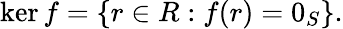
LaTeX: \ker f=\{ r\in R:f(r)=0_{S}\} {\mathrm{.}}